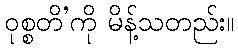
ဝုစ္စတိ’ကို မိန့်သတည်း။